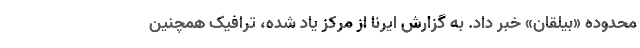
محدوده «بیلقان» خبر داد. به گزارش ایرنا از مرکز یاد شده، ترافیک همچنین